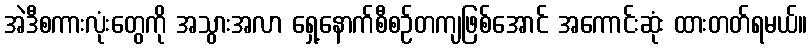
အဲဒီစကားလုံးတွေကို အသွားအလာ ရှေ့နောက်စီစဉ်တကျဖြစ်အောင် အကောင်းဆုံး ထားတတ်ရမယ်။